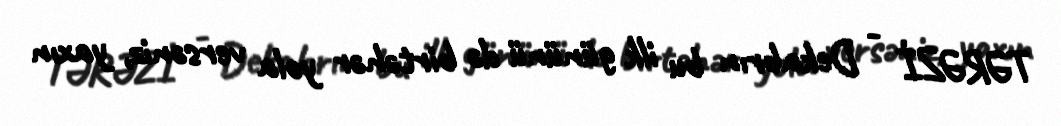
TƏRƏZİ - Dekabrın bu ilk gününü də birtəhər yola versəniz, yaxın